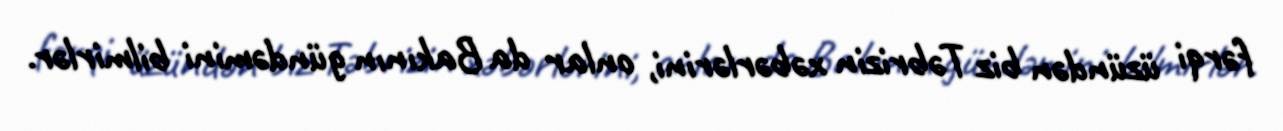
fərqi üzündən biz Təbrizin xəbərlərini, onlar da Bakının gündəmini bilmirlər.